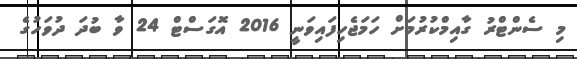
މި ސެންޓްރު ގާއިމްކުރުމަށް ހަމަޖެހިފައިވަނީ 2016 އޮގަސްޓް 24 ވާ ބުދަ ދުވަހުގެ